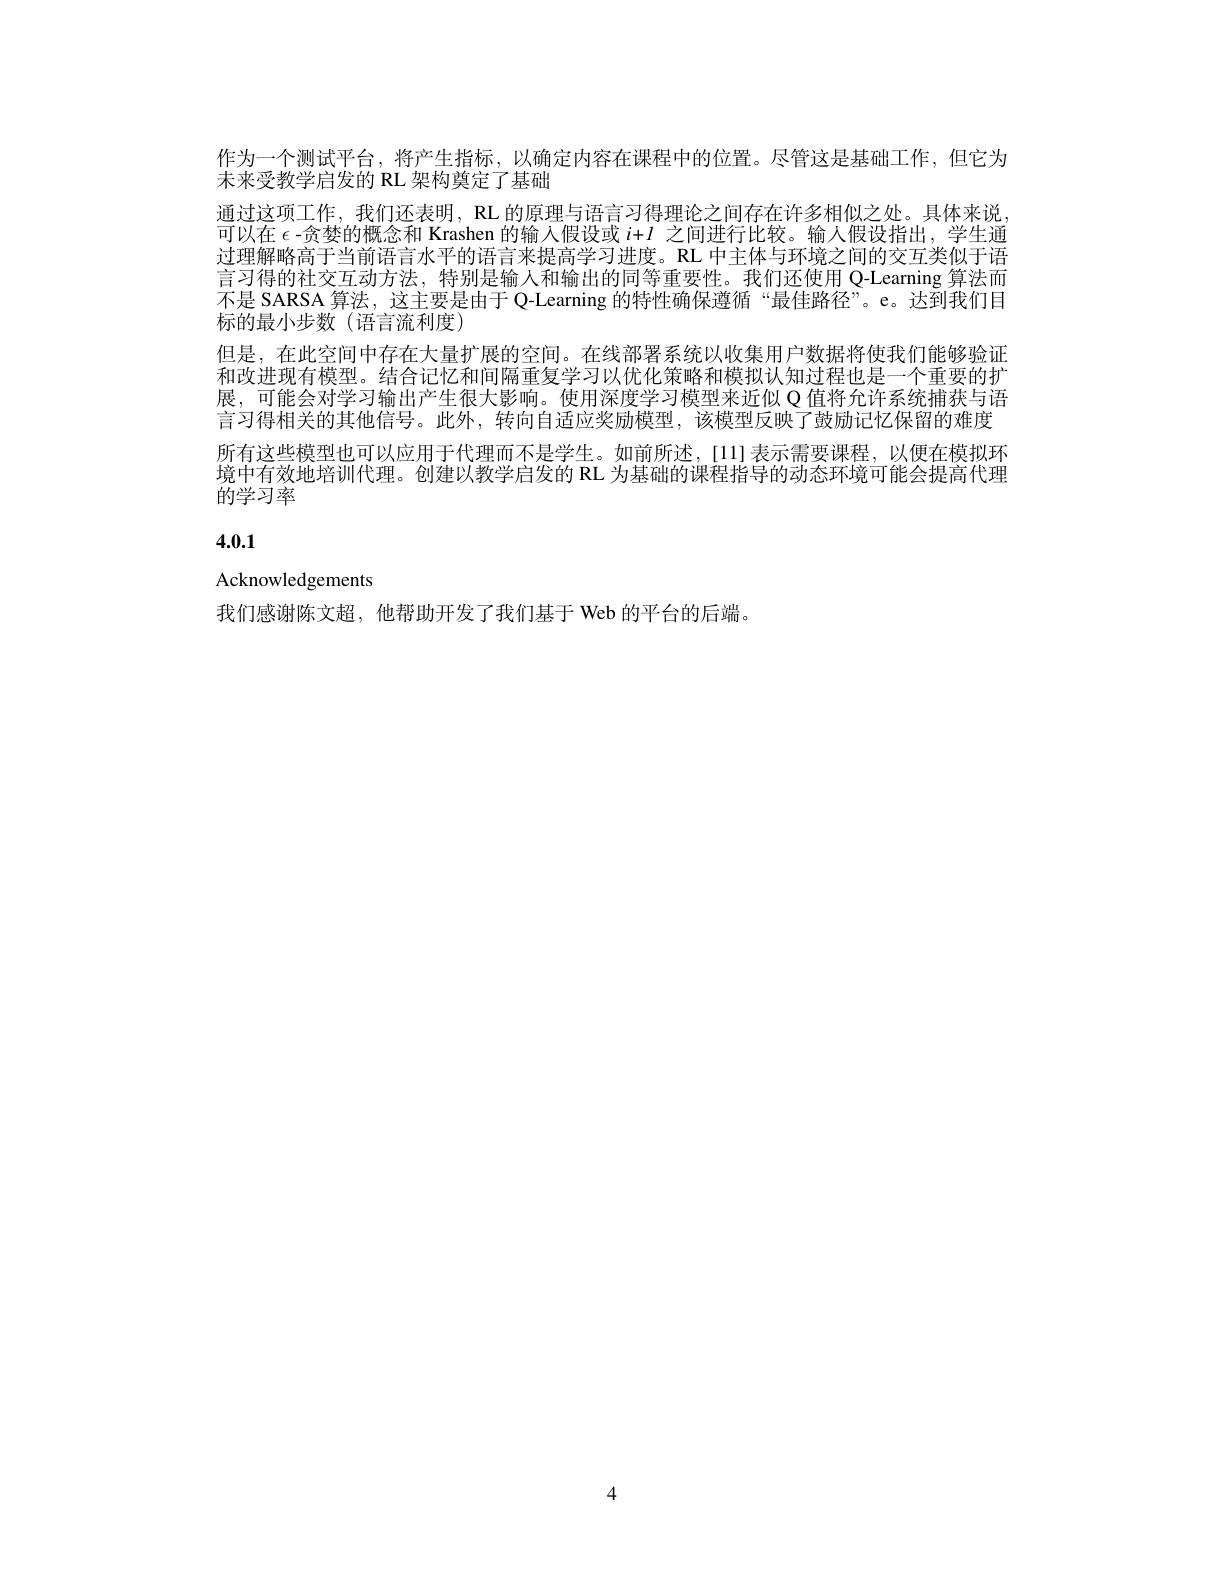
作为一个测试平台，将产生指标，以确定内容在课程中的位置。尽管这是基础工作，但它为
未来受教学启发的 RL 架构奠定了基础
通过这项工作，我们还表明，RL 的原理与语言习得理论之间存在许多相似之处。具体来说可以在$\epsilon$ -贪婪的概念和 Krashen 的输入假设或$i+l$之间进行比较。输人假设指出，学生通过理解略高于当前语言水平的语言来提高学习进度。RL 中主体与环境之间的交互类似于语言习得的社交互动方法，特别是输入和输出的同等重要性。我们还使用 Q-Learning 算法而不是 SARSA 算法，这主要是由于 Q-Learning 的特性确保遵循“最佳路径”。e。达到我们目标的最小步数(语言流利度)
但是，在此空间中存在大量扩展的空间。在线部署系统以收集用户数据将使我们能够验证和改进现有模型。结合记忆和间隔重复学习以优化策略和模拟认知过程也是一个重要的扩展，可能会对学习输出产生很大影响。使用深度学习模型来近似 Q 值将允许系统捕获与语言习得相关的其他信号。此外，转向自适应奖励模型，该模型反映了鼓励记忆保留的难度所有这些模型也可以应用于代理而不是学生。如前所述，[11]表示需要课程，以便在模拟环境中有效地培训代理。创建以教学启发的 RL 为基础的课程指导的动态环境可能会提高代理的学习率

# 4.0.1

Acknowledgements

我们感谢陈文超，他帮助开发了我们基于 Web 的平台的后端。